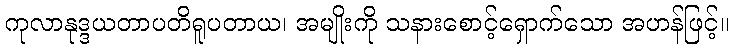
ကုလာနုဒ္ဒယတာပတိရူပတာယ၊ အမျိုးကို သနားစောင့်ရှောက်သော အဟန်ဖြင့်။